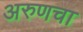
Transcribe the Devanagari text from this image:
अरुणचा